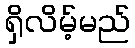
ရှိလိမ့်မည်